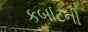
કબાટની